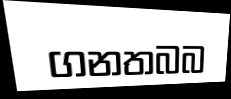
ගනතබබ